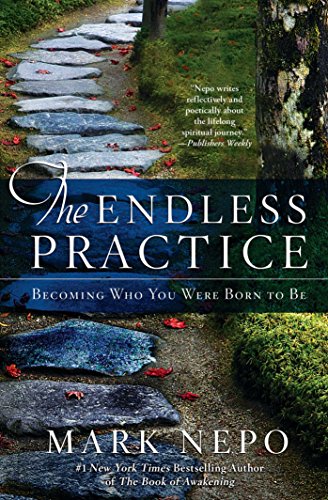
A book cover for The Endless Practice: Becoming Who You Were Born to Be; Mark Nepo; Self-Help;